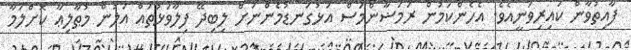
ފާއިތުވާން ކައިރިވަނީއެވެ. އެހެންކަމުން ރަމަޟާންމަސް އަޅުގަނޑުމެންނަށް ލިބިދޭ ފިލާވަޅުތައް އަލުން މުޠާލިޢާ ކޮށްލަމާ